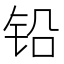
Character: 铅